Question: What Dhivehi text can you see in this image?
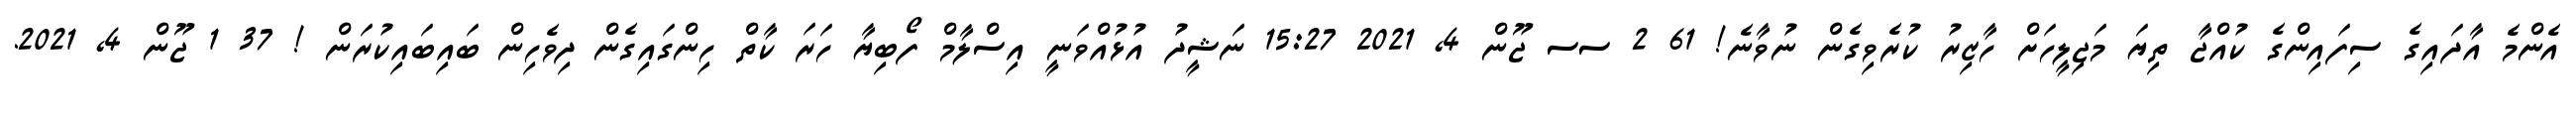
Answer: އެންމެ އާދައިގެ ސިފައިންގެ ކުއްޖާ ތިޔަ މަޖިލީހަށް ހާޒިރު ކުރެވިގެން ނުވާނެ! 61 2 ސސ ޖޫން 4, 2021 15:27 ނަޝީދު އުޅުއްވަނީ އިސްލާމް ފޯބިޔާ ހަރަ ކާތް ހިންގައިގެން ދިވެހިން ބައިބައިކުރަން ! 37 1 ޖޫން 4, 2021.